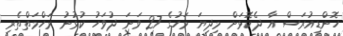
ހޮންޑިއުރަސް އާ ދެކޮޅަށް މިދިޔަ މަހުގެ 27 ވަނަ ދުވަހު ކުޅުނު ރަހްމަތްތެރި